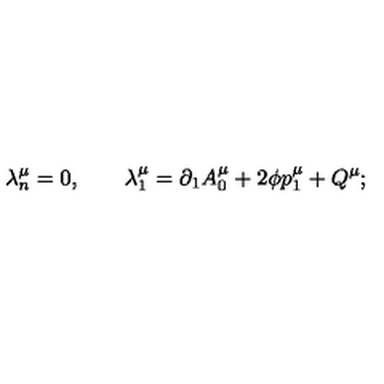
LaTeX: \lambda _ { n } ^ { \mu } = 0 , \qquad \lambda _ { 1 } ^ { \mu } = \partial _ { 1 } A _ { 0 } ^ { \mu } + 2 \phi p _ { 1 } ^ { \mu } + Q ^ { \mu } ;